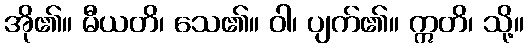
အို၏။ မီယတိ၊ သေ၏။ ဝါ၊ ပျက်၏။ ဣတိ၊ သို့။